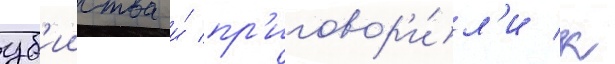
уб'ииства и́ пр'иговор'и́л'и к